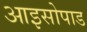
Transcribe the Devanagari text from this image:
आइसोपाड